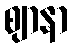
ဈာနာ